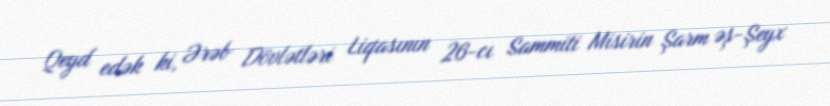
Qeyd edək ki, Ərəb Dövlətləri Liqasının 26-cı Sammiti Misirin Şarm əş-Şeyx